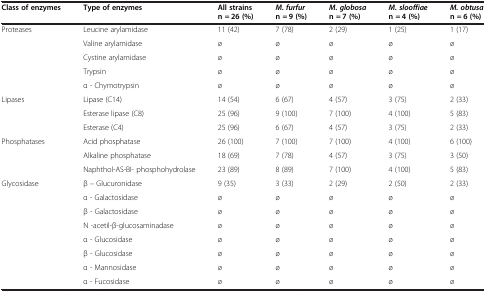
<table><thead><tr><td><b>Class of enzymes</b></td><td><b>Type of enzymes</b></td><td><b>All strains n = 26 (%)</b></td><td><b><i>M. furfur</i>n = 9 (%)</b></td><td><b><i>M. globosa</i>n = 7 (%)</b></td><td><b><i>M. slooffiae</i>n = 4 (%)</b></td><td><b><i>M. obtusa</i>n = 6 (%)</b></td></tr></thead><tbody><tr><td rowspan="5">Proteases</td><td>Leucine arylamidase</td><td>11 (42)</td><td>7 (78)</td><td>2 (29)</td><td>1 (25)</td><td>1 (17)</td></tr><tr><td>Valine arylamidase</td><td>ø</td><td>ø</td><td>ø</td><td>ø</td><td>ø</td></tr><tr><td>Cystine arylamidase</td><td>ø</td><td>ø</td><td>ø</td><td>ø</td><td>ø</td></tr><tr><td>Trypsin</td><td>ø</td><td>ø</td><td>ø</td><td>ø</td><td>ø</td></tr><tr><td>α - Chymotrypsin</td><td>ø</td><td>ø</td><td>ø</td><td>ø</td><td>ø</td></tr><tr><td rowspan="3">Lipases</td><td>Lipase (C14)</td><td>14 (54)</td><td>6 (67)</td><td>4 (57)</td><td>3 (75)</td><td>2 (33)</td></tr><tr><td>Esterase lipase (C8)</td><td>25 (96)</td><td>9 (100)</td><td>7 (100)</td><td>4 (100)</td><td>5 (83)</td></tr><tr><td>Esterase (C4)</td><td>25 (96)</td><td>6 (67)</td><td>4 (57)</td><td>3 (75)</td><td>2 (33)</td></tr><tr><td rowspan="3">Phosphatases</td><td>Acid phosphatase</td><td>26 (100)</td><td>7 (100)</td><td>7 (100)</td><td>4 (100)</td><td>6 (100)</td></tr><tr><td>Alkaline phosphatase</td><td>18 (69)</td><td>7 (78)</td><td>4 (57)</td><td>3 (75)</td><td>3 (50)</td></tr><tr><td>Naphthol-AS-BI- phosphohydrolase</td><td>23 (89)</td><td>8 (89)</td><td>7 (100)</td><td>4 (100)</td><td>5 (83)</td></tr><tr><td rowspan="7">Glycosidase</td><td>β – Glucuronidase</td><td>9 (35)</td><td>3 (33)</td><td>2 (29)</td><td>2 (50)</td><td>2 (33)</td></tr><tr><td>α - Galactosidase</td><td>ø</td><td>ø</td><td>ø</td><td>ø</td><td>ø</td></tr><tr><td>β - Galactosidase</td><td>ø</td><td>ø</td><td>ø</td><td>ø</td><td>ø</td></tr><tr><td>N -acetil-β-glucosaminadase</td><td>ø</td><td>ø</td><td>ø</td><td>ø</td><td>ø</td></tr><tr><td>α - Glucosidase</td><td>ø</td><td>ø</td><td>ø</td><td>ø</td><td>ø</td></tr><tr><td>β - Glucosidase</td><td>ø</td><td>ø</td><td>ø</td><td>ø</td><td>ø</td></tr><tr><td>α - Mannosidase</td><td>ø</td><td>ø</td><td>ø</td><td>ø</td><td>ø</td></tr><tr><td> </td><td>α - Fucosidase</td><td>ø</td><td>ø</td><td>ø</td><td>ø</td><td>ø</td></tr></tbody></table>